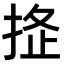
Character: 𢭌